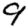
Digit: 9